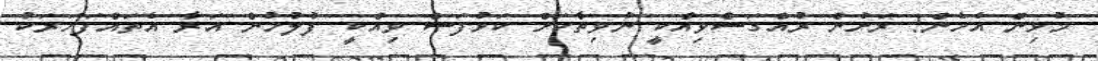
މުޅިން އެހެން! ރަށުން ރުއްގަސްވިއްކީ ނުވިތާކަށް ކަޅުފަސް ވިއްކީ ފުލުހުން އަރާ އެތައްފަހަރަކު